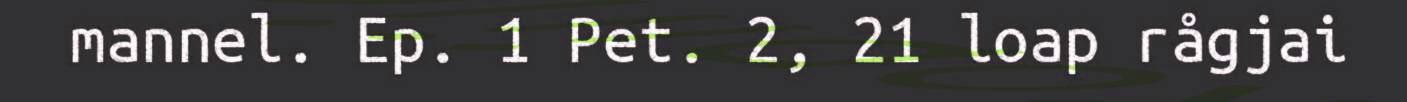
mannel. Ep. 1 Pet. 2, 21 loap rågjai